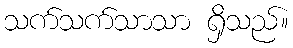
သက်သက်သာသာ ရှိသည်။